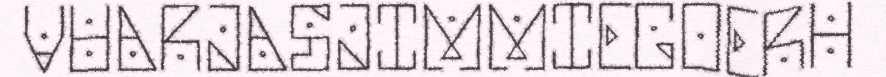
VUARJASJIMMIEGOERH